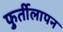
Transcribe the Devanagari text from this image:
फुर्तीलापन